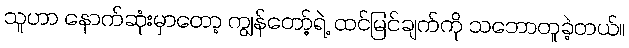
သူဟာ နောက်ဆုံးမှာတော့ ကျွန်တော့်ရဲ့ ထင်မြင်ချက်ကို သဘောတူခဲ့တယ်။